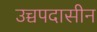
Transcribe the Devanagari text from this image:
उच्चपदासीन